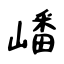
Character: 嶓